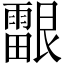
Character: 𬰉